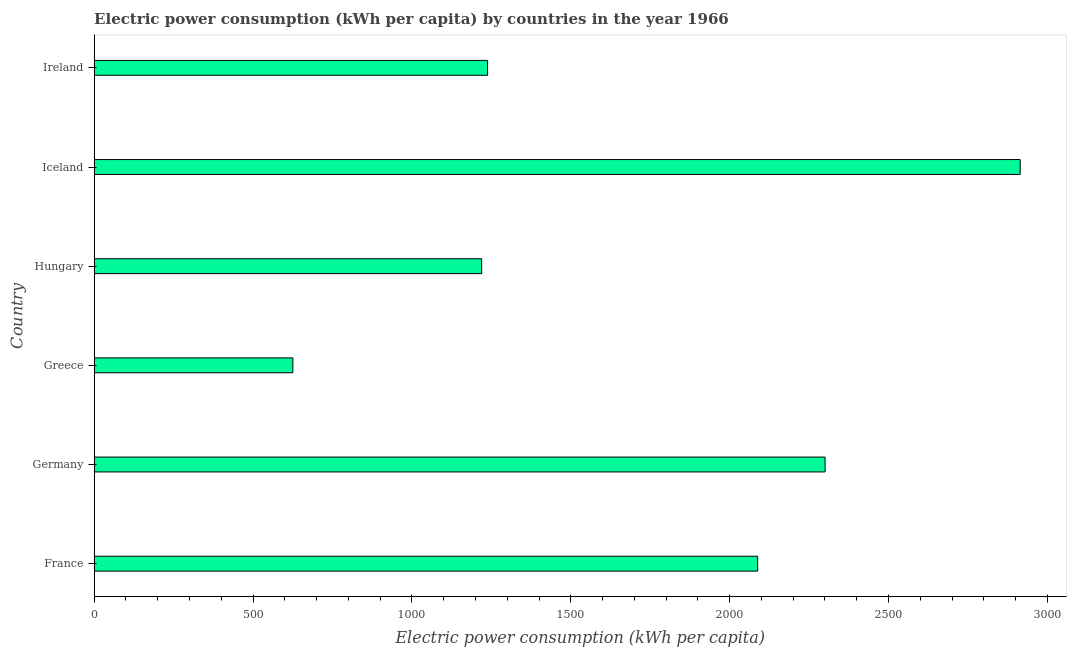
| Country | Electric power consumption |
 | --- | --- |
 | France | 2.09e+03 |
 | Germany | 2.3e+03 |
 | Greece | 625 |
 | Hungary | 1.22e+03 |
 | Iceland | 2.91e+03 |
 | Ireland | 1.24e+03 |